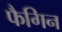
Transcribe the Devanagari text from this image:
फैगिन